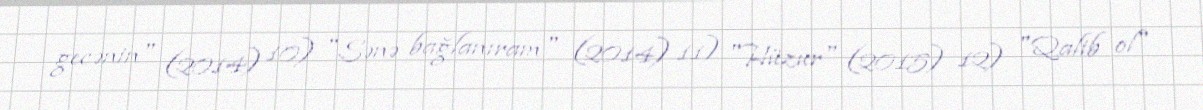
gecənin" (2014) 10) "Sənə bağlanıram" (2014) 11) "Hüzur" (2015) 12) "Qalib ol"